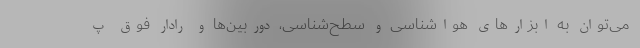
می‌توان به ابزارهای هواشناسی و سطح‌شناسی، دوربین‌ها و رادار فوق پ